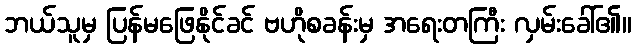
ဘယ်သူမှ ပြန်မဖြေနိုင်ခင် ဗဟိုစခန်းမှ အရေးတကြီး လှမ်းခေါ်၏။